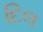
દિલ